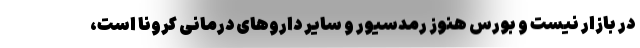
در بازار نیست و بورس هنوز رمدسیور و سایر داروهای درمانی کرونا است،